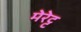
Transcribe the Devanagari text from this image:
मेरेट्ट